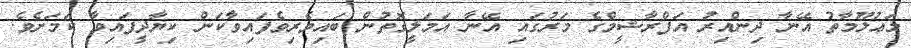
މަޢުލޫމާތު އޭނާ ދިންއިރު އަފްރާޝީމްގެ މަރުގައި އޭނާ އަމަލީގޮތުން ބައިވެރިވެފައިވާކަން ކިޔާދީފައިވާ ކަމަށެވެ.